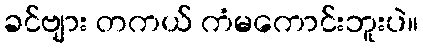
ခင်ဗျား တကယ် ကံမကောင်းဘူးပဲ။